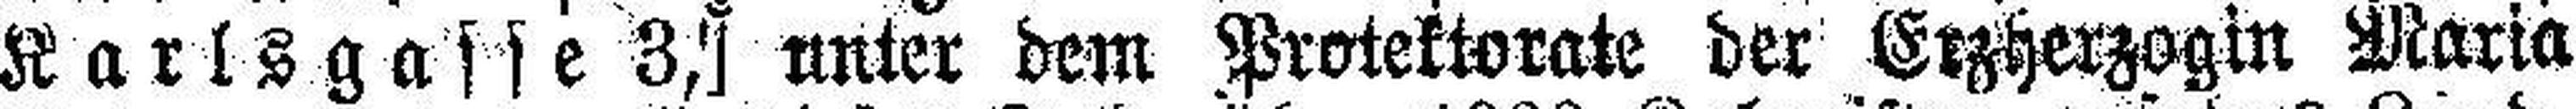
Karlsgasse 3,] unter dem Protektorate der Erzherzogin Maria